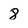
Character: 8